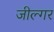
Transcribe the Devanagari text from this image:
जील्‍गर